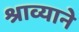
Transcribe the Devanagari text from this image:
श्राव्याने